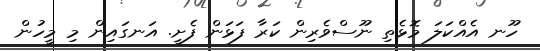
ހޫނ އެއްކަލަ މޮޅެތި ނޫސްވެރިން ކަރާ ފަޅަން ފެށީ. އަނގައިން މި މީހުން